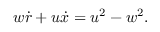
w \dot { r } + u \dot { x } = u ^ { 2 } - w ^ { 2 } .